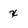
Character: x